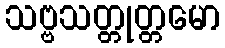
သဗ္ဗသတ္တုတ္တမော